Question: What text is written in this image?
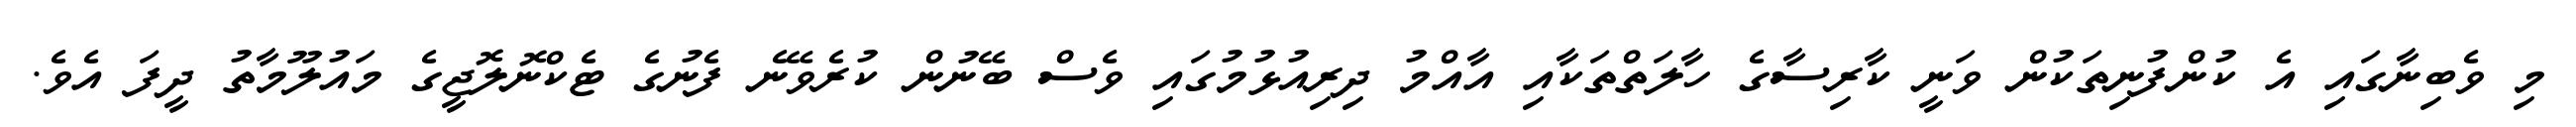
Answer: މި ވެބިނާގައި އެ ކުންފުނިތަކުން ވަނީ ކާރިސާގެ ހާލަތްތަކާއި އާއްމު ދިރިއުޅުމުގައި ވެސް ބޭނުން ކުރެވޭނެ ފެނުގެ ޓެކްނޮލޮޖީގެ މައުލޫމާތު ދީފަ އެވެ.